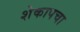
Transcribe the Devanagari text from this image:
शेकापचा